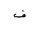
Letter: _fa